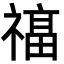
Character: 𮂔